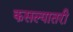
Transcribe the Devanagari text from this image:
कसल्यातरी